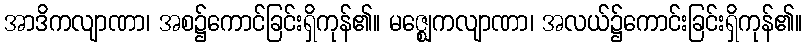
အာဒိကလျာဏာ၊ အစ၌ကောင်ခြင်းရှိကုန်၏။ မဇ္ဈေကလျာဏာ၊ အလယ်၌ကောင်းခြင်းရှိကုန်၏။